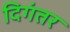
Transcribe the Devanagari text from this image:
दिगंतर